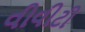
વીવીટી